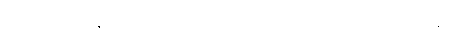
ဖော်ထုတ်ရာတွင် ထိရောက် အောင်မြင်ခဲ့သည် ဆို၏။